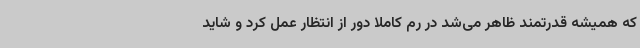
که همیشه قدرتمند ظاهر می‌شد در رم کاملا دور از انتظار عمل کرد و شاید